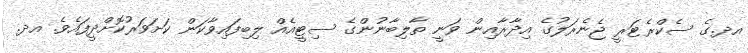
އދ.ގެ ސެކްރެޓަރީ ޖެނެރަލުގެ އިދާރާއިން ވަނީ ތާލިބާނުންގެ ސިޓީއެއް ލިބިފައިވާކަން ކަށަވަރުކޮށްދީފައެވެ. އދ.